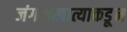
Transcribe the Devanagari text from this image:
जंगलखात्याकडून